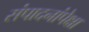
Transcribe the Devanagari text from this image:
संपादनांपेक्षा